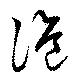
詭